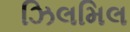
ઝિલમિલ